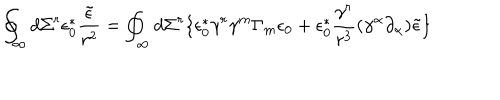
LaTeX: \oint _ { \infty } d \Sigma ^ { r } \epsilon _ { 0 } ^ { \ast } \frac { \tilde { \epsilon } } { r ^ { 2 } } = \oint _ { \infty } d \Sigma ^ { r } \lbrace \epsilon _ { 0 } ^ { \ast } \gamma ^ { r } \gamma ^ { m } \Gamma _ { m } \epsilon _ { 0 } + \epsilon _ { 0 } ^ { \ast } \frac { \gamma ^ { r } } { r ^ { 3 } } ( \gamma ^ { \alpha } \partial _ { \alpha } ) \tilde { \epsilon } \rbrace